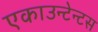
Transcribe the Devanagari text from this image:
एकाउन्टेन्टस